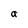
Character: a